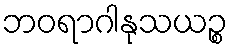
ဘဝရာဂါနုသယဉ္စ